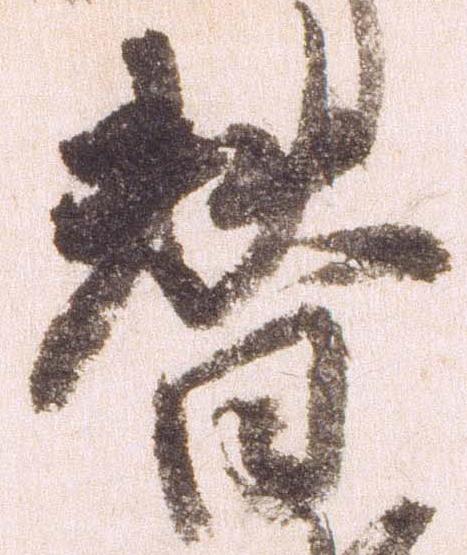
替